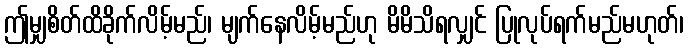
ဤမျှစိတ်ထိခိုက်လိမ့်မည်၊ မျက်နေလိမ့်မည်ဟု မိမိသိရလျှင် ပြုလုပ်ရက်မည်မဟုတ်၊